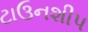
ટાઉનશીપ